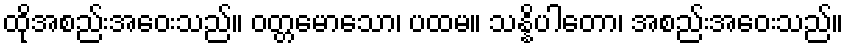
ထိုအစည်းအဝေးသည်။ ဝတ္တမောသော၊ ပထမ။ သန္နိပါတော၊ အစည်းအဝေးသည်။